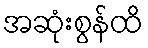
အဆုံးစွန်ထိ